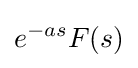
e^{-as}F(s)